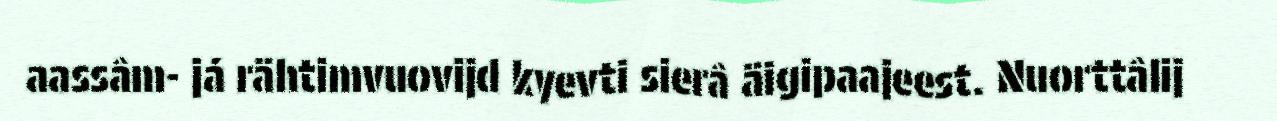
aassâm- já rähtimvuovijd kyevti sierâ äigipaajeest. Nuorttâlij